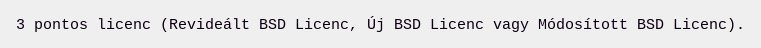
3 pontos licenc (Revideált BSD Licenc, Új BSD Licenc vagy Módosított BSD Licenc).